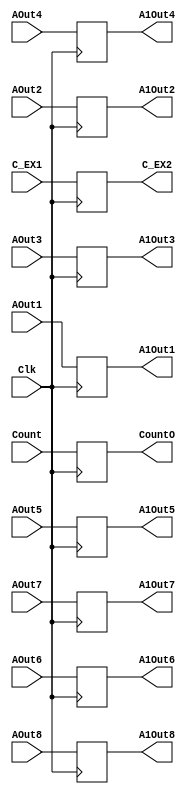
`timescale 1ns / 1ps
//////////////////////////////////////////////////////////////////////////////////
// Company: 
// Engineer: 
// 
// Design Name: 
// Module Name: A1P
// Project Name: 
// Target Devices: 
// Tool Versions: 
// Description: 
// 
// Dependencies: 
// 
// Revision:
// Revision 0.01 - File Created
// Additional Comments:
// 
//////////////////////////////////////////////////////////////////////////////////


module A1P(AOut1,AOut2,AOut3,AOut4,AOut5,AOut6,AOut7,AOut8,
            A1Out1,A1Out2,A1Out3,A1Out4,A1Out5,A1Out6,A1Out7,A1Out8,Count,CountO,C_EX1,C_EX2,Clk);
    input Clk,C_EX1;
    input [11:0] AOut1,AOut2,AOut3,AOut4,AOut5,AOut6,AOut7,AOut8;    
    output reg [11:0] A1Out1,A1Out2,A1Out3,A1Out4,A1Out5,A1Out6,A1Out7,A1Out8;
    input [5:0] Count;
    output reg C_EX2;
    output reg [5:0] CountO;
    
    initial begin
            A1Out1 <= 0;
            A1Out2 <= 0;
            A1Out3 <= 0;
            A1Out4 <= 0;
            A1Out5 <= 0;
            A1Out6 <= 0;
            A1Out7 <= 0;
            A1Out8 <= 0;
            CountO <= 0;
            C_EX2 <= 0;
    end
    
    always@(posedge Clk) begin
        A1Out1 <= AOut1;
        A1Out2 <= AOut2;
        A1Out3 <= AOut3;
        A1Out4 <= AOut4;
        A1Out5 <= AOut5;
        A1Out6 <= AOut6;
        A1Out7 <= AOut7;
        A1Out8 <= AOut8;
        CountO <= Count;
        C_EX2 <= C_EX1;
    end
endmodule